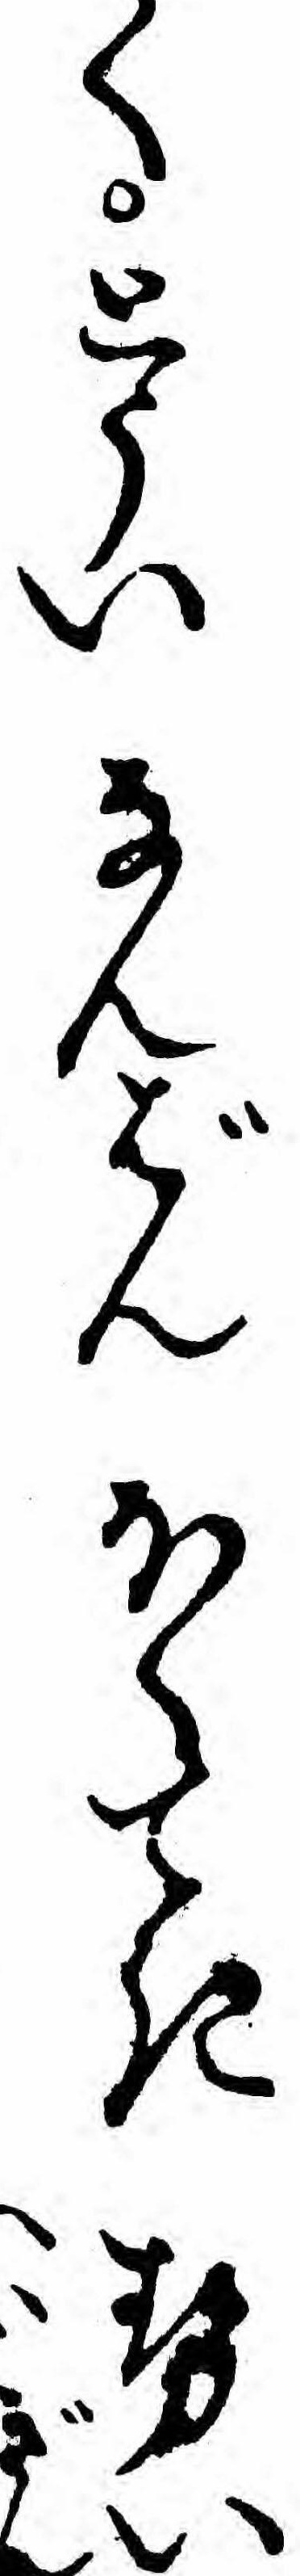
くとういなんばんほくてきせい